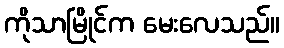
ကိုသာမြိုင်က မေးလေသည်။